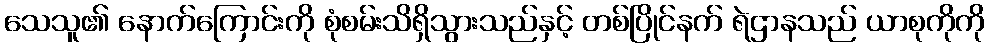
သေသူ၏ နောက်ကြောင်းကို စုံစမ်းသိရှိသွားသည်နှင့် တစ်ပြိုင်နက် ရဲဌာနသည် ယာစုကိုကို